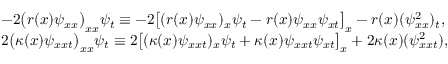
\begin{array} { r } { \left. \begin{array} { l l } { - 2 \big ( r ( x ) \psi _ { x x } \big ) _ { x x } \psi _ { t } \equiv - 2 \big [ ( r ( x ) \psi _ { x x } ) _ { x } \psi _ { t } - r ( x ) \psi _ { x x } \psi _ { x t } \big ] _ { x } - r ( x ) ( \psi _ { x x } ^ { 2 } ) _ { t } , } \\ { 2 \big ( \kappa ( x ) \psi _ { x x t } \big ) _ { x x } \psi _ { t } \equiv 2 \big [ ( \kappa ( x ) \psi _ { x x t } ) _ { x } \psi _ { t } + \kappa ( x ) \psi _ { x x t } \psi _ { x t } \big ] _ { x } + 2 \kappa ( x ) ( \psi _ { x x t } ^ { 2 } ) , } \end{array} \right. } \end{array}